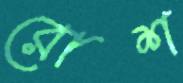
রোশ